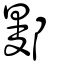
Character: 鄤